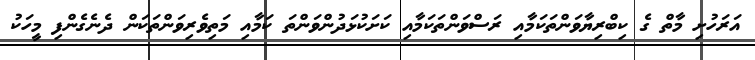
އަރަހުށި މާތް ގެ ކިބްރިޔާވަންތަކަމާއި ރަސްވަންތަކަމާއި ކަށަކުޅަދުންވަންތަ ކަމާއި މަތިވެރިވަންތަކަން ދެނެގެންފި މީހަކު